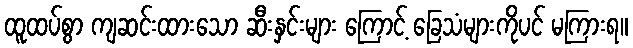
ထူထပ်စွာ ကျဆင်းထားသော ဆီးနှင်းများ ကြောင့် ခြေသံများကိုပင် မကြားရ။